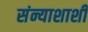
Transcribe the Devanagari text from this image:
संन्याशाशी